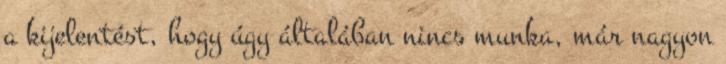
a kijelentést, hogy úgy általában nincs munka, már nagyon